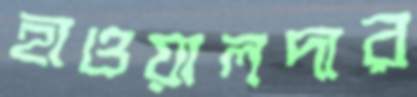
হাওয়ালদার